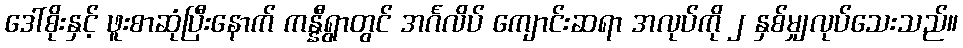
ဒေါ်စိုးနှင့် ဖူးစာဆုံပြီးနောက် ကန္နီရွာတွင် အင်္ဂလိပ် ကျောင်းဆရာ အလုပ်ကို ၂ နှစ်မျှလုပ်သေးသည်။